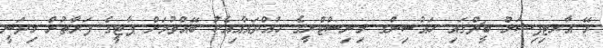
ރޭ އާރޓިފިޝަލް ބީޗްގައި ހައުސިންގ މިނިސްޓްރީގެ ހުއްދައާއިއެކު ބޭއްވުމަށް ޕާޓީގެ ފަރާތުން މިދަނީ